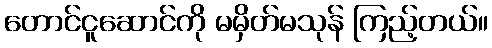
တောင်ငူဆောင်ကို မမှိတ်မသုန် ကြည့်တယ်။